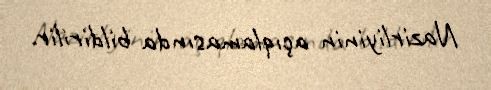
Nazirliyinin açıqlamasında bildirilir.